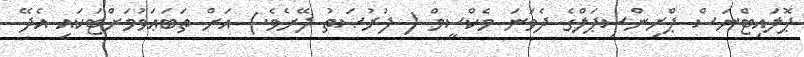
ޕޮލައިޓްނަސް ޕްރިންސިޕަލްގެ ދެވަނަ މެކްސީމް ( ފުރުޞަތު ދޭށެވެ.) އަށް ތަބަޢަވުމަށްޓަކައި އެދޭ